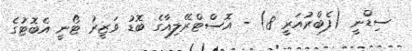
ސިޑްނީ (ފެބްރުއަރީ 8) - އޮސްޓްރޭލިއާގެ ބޮޑު ވަޒީރު ޓޯނީ އެބޮޓުގެ